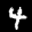
Label: 4